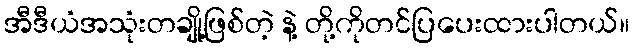
အီဒီယံအသုံးတချို့ဖြစ်တဲ့ နဲ့ တို့ကိုတင်ပြပေးထားပါတယ်။